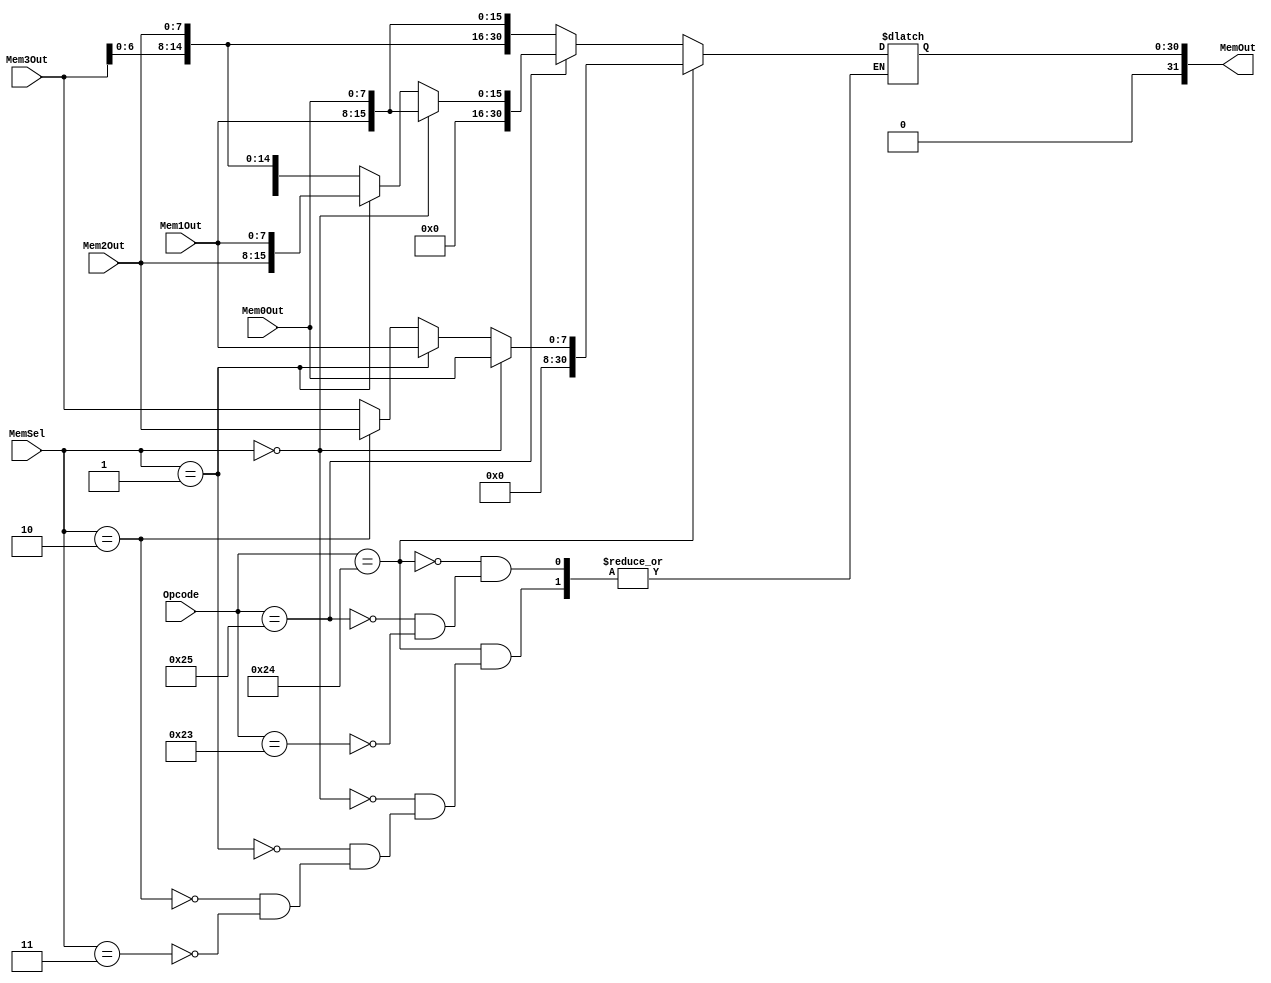
module memout_r0 #(
	parameter DATA_WIDTH = 8
)(
	input [DATA_WIDTH - 1:0] Mem0Out,
	input [DATA_WIDTH - 1:0] Mem1Out,
	input [DATA_WIDTH - 1:0] Mem2Out,
	input [DATA_WIDTH - 1:0] Mem3Out,
	input [1:0] MemSel,
	input [5:0] Opcode, 
	output [31:0] MemOut
);
/**********
 *  Array Packing Defines 
 **********/
/**********
 * Internal Signals
**********/
reg [31 - 1:0] MemOut_tmp;

/**********
 * Glue Logic 
 **********/
 localparam lw		= 6'h23;
 localparam lbu		= 6'h24;
 localparam lhu		= 6'h25;
 
/**********
 * Synchronous Logic
 **********/
/**********
 * Glue Logic 
 **********/
/**********
 * Components
 **********/
/**********
 * Output Combinatorial Logic
 **********/
 always @(Opcode, MemSel, Mem0Out, Mem1Out, Mem2Out, Mem3Out) begin
	if(Opcode == lbu) begin
		if(MemSel == 2'b00) begin
			MemOut_tmp <= {24'h000000, Mem0Out};
		end else if(MemSel == 2'b01) begin
			MemOut_tmp <= {24'h000000, Mem1Out};
		end else if(MemSel == 2'b10) begin
			MemOut_tmp <= {24'h000000, Mem2Out};
		end else if(MemSel == 2'b11) begin
			MemOut_tmp <= {24'h000000, Mem3Out};
		end
	end else if(Opcode == lhu) begin
		if(MemSel == 2'b00) begin
			MemOut_tmp <= {16'b0000, Mem1Out, Mem0Out};
		end else if(MemSel == 2'b01) begin
			MemOut_tmp <= {16'b0000, Mem2Out, Mem1Out};
		end else begin
			MemOut_tmp <= {16'b0000, Mem3Out, Mem2Out};
		end
	end else if(Opcode == lw) begin
		MemOut_tmp <= {Mem3Out, Mem2Out, Mem1Out, Mem0Out};
	end
 end 
 
 assign MemOut = MemOut_tmp;
endmodule